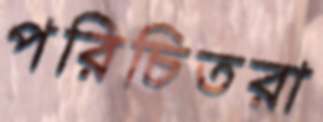
পরিচিতরা